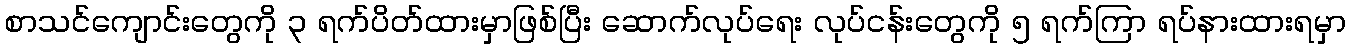
စာသင်ကျောင်းတွေကို ၃ ရက်ပိတ်ထားမှာဖြစ်ပြီး ဆောက်လုပ်ရေး လုပ်ငန်းတွေကို ၅ ရက်ကြာ ရပ်နားထားရမှာ